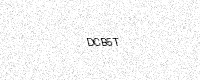
Text: DCB5T